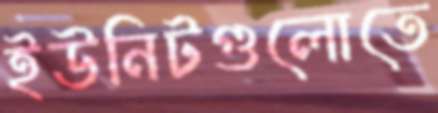
ইউনিটগুলোতে